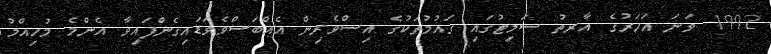
1992 ވަނަ އަހަރުގެ އާރތު ސަމިޓުގައި ގައުމުތަކުގެ އިސްވެރިން އެއްބަސްވެވަޑައިގެންފައިވާ އެންމެ މުހިއްމު